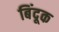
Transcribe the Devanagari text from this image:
बिंदूक